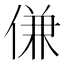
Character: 𬾹